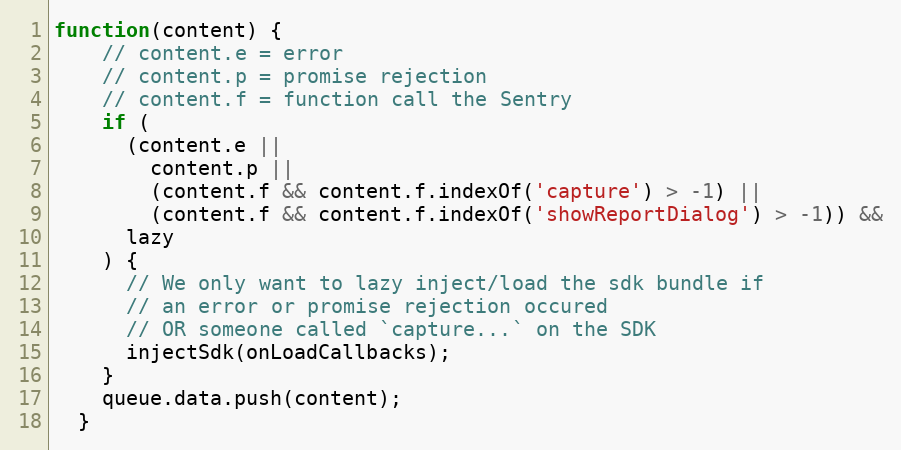
Language: JavaScript
function(content) {
    // content.e = error
    // content.p = promise rejection
    // content.f = function call the Sentry
    if (
      (content.e ||
        content.p ||
        (content.f && content.f.indexOf('capture') > -1) ||
        (content.f && content.f.indexOf('showReportDialog') > -1)) &&
      lazy
    ) {
      // We only want to lazy inject/load the sdk bundle if
      // an error or promise rejection occured
      // OR someone called `capture...` on the SDK
      injectSdk(onLoadCallbacks);
    }
    queue.data.push(content);
  }